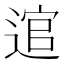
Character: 逭